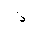
Letter: _thal